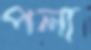
পলা